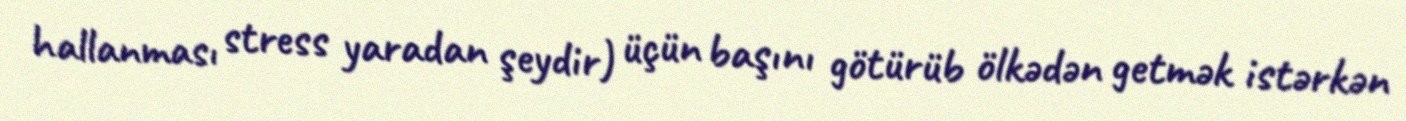
hallanması stress yaradan şeydir) üçün başını götürüb ölkədən getmək istərkən